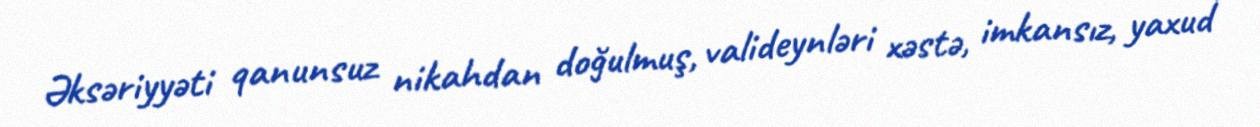
Əksəriyyəti qanunsuz nikahdan doğulmuş, valideynləri xəstə, imkansız, yaxud